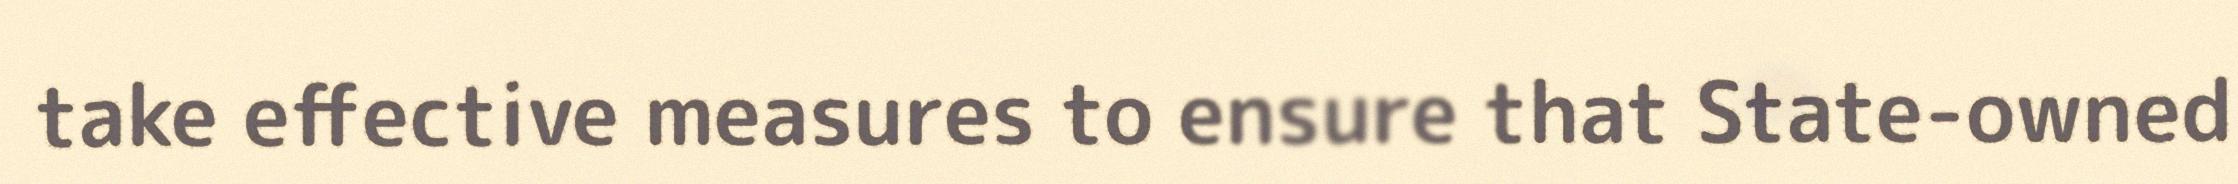
take effective measures to ensure that State-owned